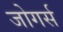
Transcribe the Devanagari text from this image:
जोगर्स